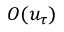
O ( u _ { \tau } )